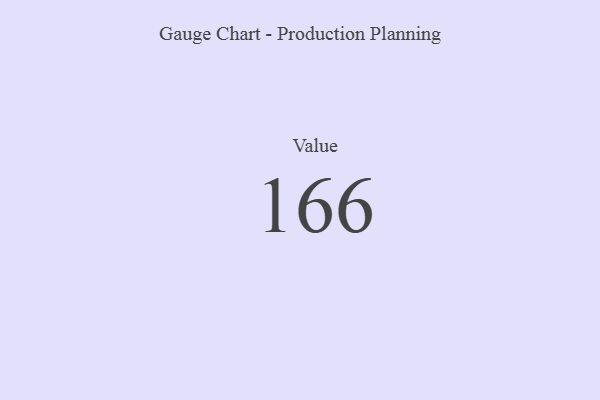
{"axis": {"x": "Metric", "y": "Value"}, "legend": [""], "data": [{"x": "Value", "y": 166, "type": ""}]}